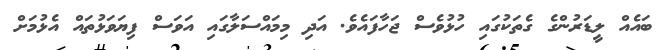
ބައެއް ލީޑަރުންގެ ގެތަކުގައި ހުޅުވެސް ޖަހާފައެވެ. އަދި މިމައްސަލާގައި އަވަސް ފިޔަވަޅުތައް އެޅުމަށް